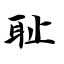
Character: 耻